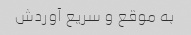
به موقع و سریع آوردش